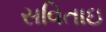
સવિતાઇ